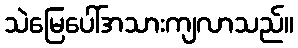
သဲမြေပေါ်အသားကျလာသည်။